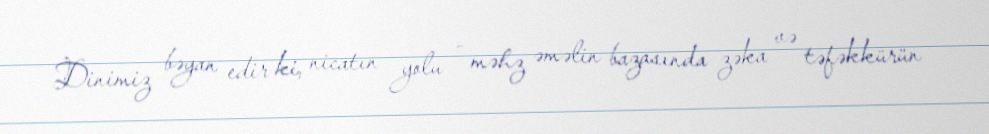
Dinimiz bəyan edir ki, nicatın yolu - məhz əməlin bazasında zəka və təfəkkürün